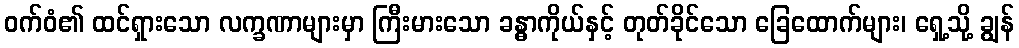
ဝက်ဝံ၏ ထင်ရှားသော လက္ခဏာများမှာ ကြီးမားသော ခန္ဓာကိုယ်နှင့် တုတ်ခိုင်သော ခြေထောက်များ၊ ရှေ့သို့ ချွန်